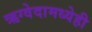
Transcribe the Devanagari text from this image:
ऋग्वेदामध्येही